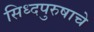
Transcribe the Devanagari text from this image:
सिध्दपुरुषाचे